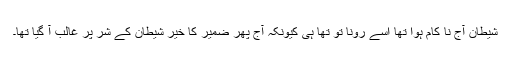
شیطان آج نا کام ہوا تھا اسے رونا تو تھا ہی کیونکہ آج پھر ضمیر کا خیر شیطان کے شر پر غالب آ گیا تھا۔